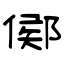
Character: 鄇